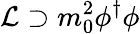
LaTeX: {\mathcal{L}}\supset m_{0}^{2}\phi^{\dagger}\phi